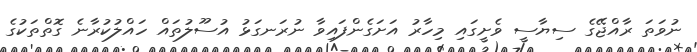
ނުވަތަ ރާއްޖޭގެ ސިޔާސީ ވެށީގައި މިހާރު އަށަގެންފައިވާ ނުރަނގަޅު އުސޫލުތައް ހައްލުކުރާނެ ގޮތްތަކުގެ